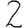
Digit: 2